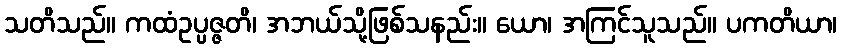
သတိသည်။ ကထံဥပ္ပဇ္ဇတိ၊ အဘယ်သို့ဖြစ်သနည်း။ ယော၊ အကြင်သူသည်။ ပကတိယာ၊